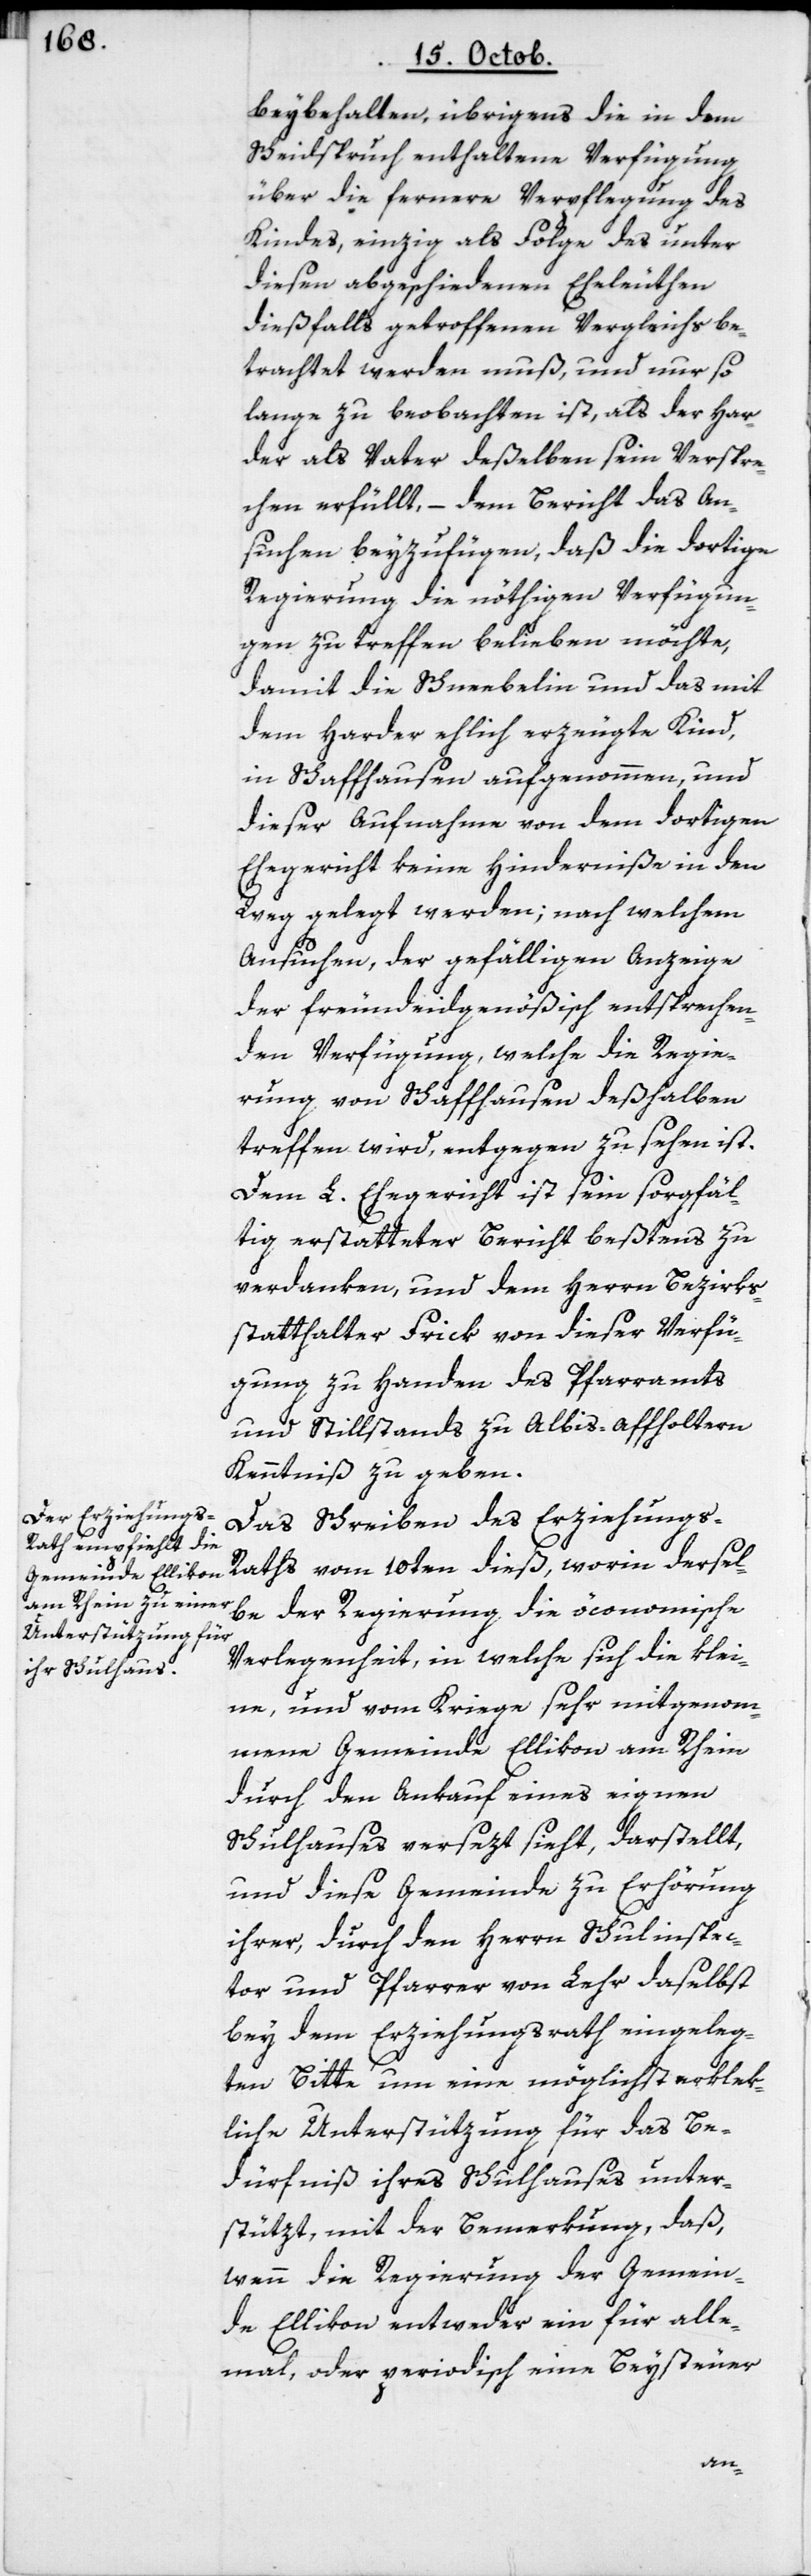
beybehalten, übrigens die in dem
Scheidspruch enthaltene Verfügung
über die fernere Verpflegung des
Kindes, einzig als Folge des unter
diesen abgeschiedenen Eheleuthen
dießfalls getroffenen Vergleichs be¬
trachtet werden muß, und nur so
lange zu beobachten ist, als der Har¬
der als Vater deßelben sein Verspre¬
chen erfüllt, – dem Bericht das An¬
suchen beyzufügen, daß die dortige
Regierung die nöthigen Verfügun¬
gen zu treffen belieben möchte,
damit die Schneebelin und das mit
dem Harder ehlich erzeugte Kind,
in Schaffhausen aufgenohmen und
dieser Aufnahme von dem dortigen
Ehegericht keine Hinderniße in den
Weg gelegt werden; nach welchem
Ansuchen, der gefälligen Anzeige
der freundeidgenößisch entsprechen¬
den Verfügung, welche die Regie¬
rung von Schaffhausen deshalben
treffen wird, entgegen zu sehen ist.
Dem L. Ehegericht ist sein sorgfäl¬
tig erstatteter Bericht beßtens zu
verdanken, und dem Herrn Bezirks¬
statthalter Frick von dieser Verfü¬
gung zu Handen des Pfarramts
und Stillstands zu Albis-affholtern
Kenntniß zu geben.
Das Schreiben des Erziehung¬
s-Raths vom 10ten dieß, worin dersel¬
be der Regierung die öconomische
Verlegenheit, in welche sich die klei¬
ne und vom Kriege sehr mitgenoh¬
mene Gemeinde Ellikon am Rhein
durch den Ankauf eines eignen
Schulhauses versetzt sieht, darstellt,
und diese Gemeinde zu Erhöhrung
ihrer, durch den Herrn Schulinspec¬
tor und Pfarrer von Lehr daselbst
bey dem Erziehungsrath eingeleg¬
ten Bitte um eine möglichst erklek¬
liche Unterstützung für das Be¬
dürfniß ihres Schulhauses unter¬
stützt, mit der Benmerkung, daß,
wenn die Regierung der Gemein¬
de Ellikon entweder ein für alle¬
mal oder periodisch eine Beysteuer